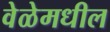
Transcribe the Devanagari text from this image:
वेळेमधील